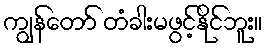
ကျွန်တော် တံခါးမဖွင့်နိုင်ဘူး။